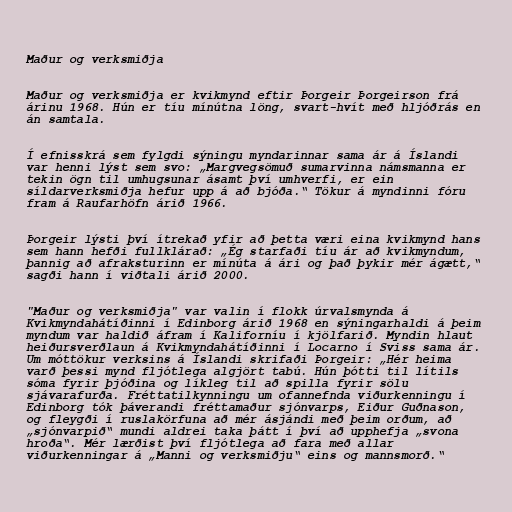
Maður og verksmiðja

Maður og verksmiðja er kvikmynd eftir Þorgeir Þorgeirson frá
árinu 1968. Hún er tíu mínútna löng, svart-hvít með hljóðrás en
án samtala.

Í efnisskrá sem fylgdi sýningu myndarinnar sama ár á Íslandi
var henni lýst sem svo: „Margvegsömuð sumarvinna námsmanna er
tekin ögn til umhugsunar ásamt því umhverfi, er ein
síldarverksmiðja hefur upp á að bjóða.“ Tökur á myndinni fóru
fram á Raufarhöfn árið 1966.

Þorgeir lýsti því ítrekað yfir að þetta væri eina kvikmynd hans
sem hann hefði fullklárað: „Ég starfaði tíu ár að kvikmyndum,
þannig að afraksturinn er mínúta á ári og það þykir mér ágætt,“
sagði hann í viðtali árið 2000.

"Maður og verksmiðja" var valin í flokk úrvalsmynda á
Kvikmyndahátíðinni í Edinborg árið 1968 en sýningarhaldi á þeim
myndum var haldið áfram í Kaliforníu í kjölfarið. Myndin hlaut
heiðursverðlaun á Kvikmyndahátíðinni í Locarno í Sviss sama ár.
Um móttökur verksins á Íslandi skrifaði Þorgeir: „Hér heima
varð þessi mynd fljótlega algjört tabú. Hún þótti til lítils
sóma fyrir þjóðina og líkleg til að spilla fyrir sölu
sjávarafurða. Fréttatilkynningu um ofannefnda viðurkenningu í
Edinborg tók þáverandi fréttamaður sjónvarps, Eiður Guðnason,
og fleygði í ruslakörfuna að mér ásjándi með þeim orðum, að
„sjónvarpið“ mundi aldrei taka þátt í því að upphefja „svona
hroða“. Mér lærðist því fljótlega að fara með allar
viðurkenningar á „Manni og verksmiðju“ eins og mannsmorð.“